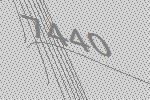
7440